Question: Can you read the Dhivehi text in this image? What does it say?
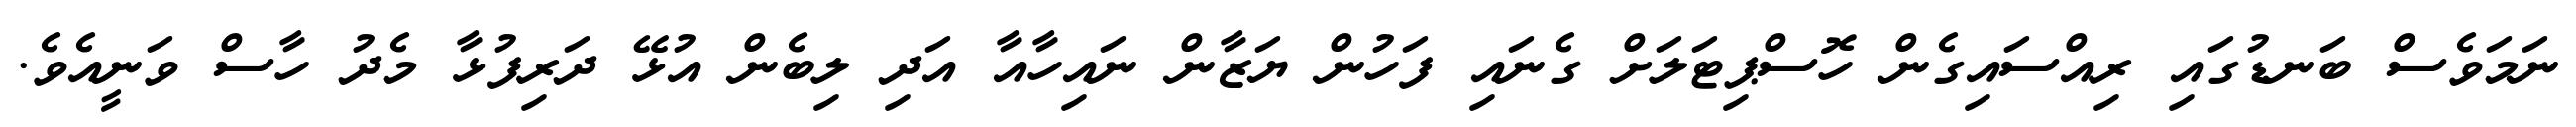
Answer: ނަމަވެސް ބަނޑުގައި ރިއްސައިގެން ހޮސްޕިޓަލަށް ގެނައި ފަހުން ޔަޒާން ނައިހާއާ އަދި ލިބެން އުޅޭ ދަރިފުޅާ މެދު ހާސް ވަނީއެވެ.